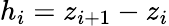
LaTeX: h_{i}=z_{i+1}-z_{i}